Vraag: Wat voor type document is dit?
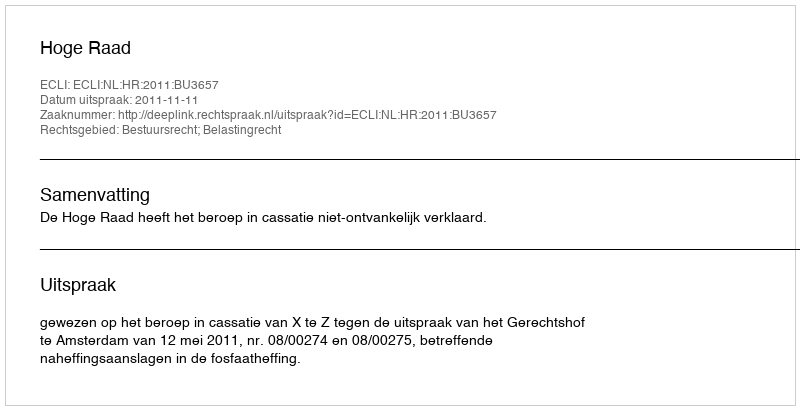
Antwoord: Uitspraak